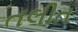
તલીત